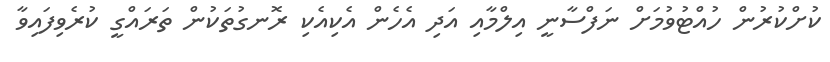
ކުށްކުރުން ހުއްޓުވުމަށް ނަފްސާނީ އިލްމާއި އަދި އެހެން އެކިއެކި ރޮނގުތަކުން ތަރައްގީ ކުރެވިފައިވާ